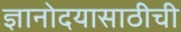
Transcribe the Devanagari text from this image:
ज्ञानोदयासाठीची